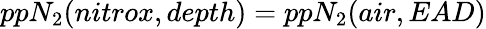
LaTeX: ppN_{2}(nitrox,depth)=ppN_{2}(air,EAD)